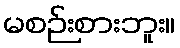
မစဉ်းစားဘူး။